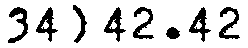
34) 42.42